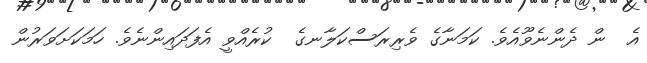
އެ  ން ދެންނެވޫއެވެ. ކަމަނާގެ ވެރިރަސްކަލާނގެ  ކުރެއްވީ އެފަދައިންނެވެ. ހަމަކަށަވަރުން